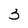
Character: 3